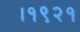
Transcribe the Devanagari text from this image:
।१९२१